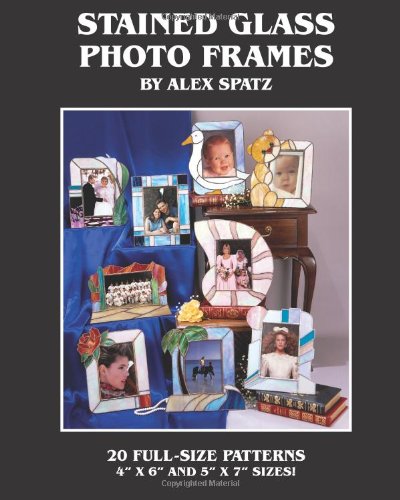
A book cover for Stained Glass Photo Frames (Volume 2); Alex Spatz; Crafts, Hobbies & Home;